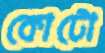
কোটো